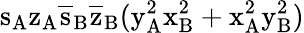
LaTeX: \mathrm{s_{A}\mathrm{z_{A}\mathrm{\overline{{s}}_{B}\mathrm{\overline{{z}}_{B}(\mathrm{y_{A}^{2}\mathrm{x_{B}^{2}+\mathrm{x_{A}^{2}\mathrm{y_{B}^{2})}}}}}}}}